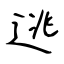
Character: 逃